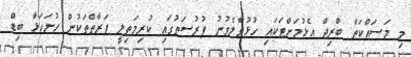
މި މަސައްކަތް ބްރިޖް އެޅުމަށްޓަކައި ހުޅުވާލެވުނު ފުރުސަތުގައި ކުރިމަތިލީ ފަރާތްތަކުން ހުށަހަޅާ ބިޑް